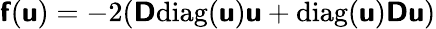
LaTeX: \mathbf{\boldsymbol{\mathsf{f}}}(\mathbf{\boldsymbol{\mathsf{u}}})=-2(\mathbf{\boldsymbol{\mathsf{D}}}\mathrm{diag}(\mathbf{\boldsymbol{\mathsf{u}}})\mathbf{\boldsymbol{\mathsf{u}}}+\mathrm{diag}(\mathbf{\boldsymbol{\mathsf{u}}})\mathbf{\boldsymbol{\mathsf{D}}}\mathbf{\boldsymbol{\mathsf{u}}})